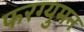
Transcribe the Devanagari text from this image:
फरग्युमन